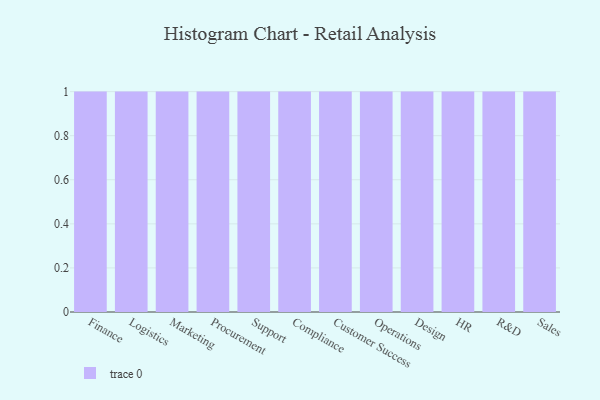
{"axis": {"x": "Department", "y": "Gross Profit (USD K)"}, "legend": [""], "data": [{"x": "Finance", "y": 40, "type": ""}, {"x": "Logistics", "y": 59, "type": ""}, {"x": "Marketing", "y": 62, "type": ""}, {"x": "Procurement", "y": 78, "type": ""}, {"x": "Support", "y": 6, "type": ""}, {"x": "Compliance", "y": 75, "type": ""}, {"x": "Customer Success", "y": 85, "type": ""}, {"x": "Operations", "y": 3, "type": ""}, {"x": "Design", "y": 96, "type": ""}, {"x": "HR", "y": 57, "type": ""}, {"x": "R&D", "y": 69, "type": ""}, {"x": "Sales", "y": 19, "type": ""}]}